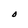
Character: D